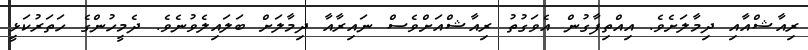
ރިއާޝްއާއި ދިމާލަށެވެ. އިއްތިފާގުން އެވަގުތު ރިއާޝްއަށްވެސް ނައިރާއާ ދިމާލަށް ބަލައިލެވުނެވެ. ދެމީހުންގެ ހަތަރުކަޅީ